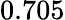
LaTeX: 0.705